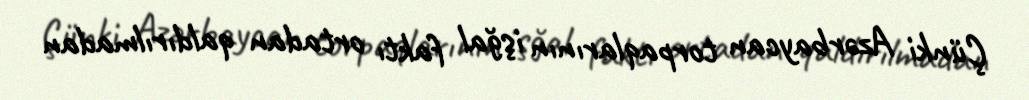
Çünki Azərbaycan torpaqlarının işğal faktı ortadan qaldırılmadan